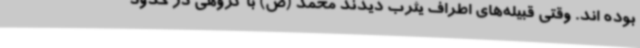
بوده اند. وقتی قبیله‌های اطراف یثرب دیدند محمد (ص) با گروهی در حدود